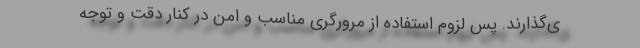
ی‌گذارند. پس لزوم استفاده از مرورگری مناسب و امن در کنار دقت و توجه